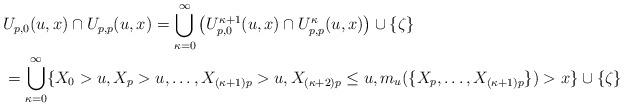
LaTeX: \begin{align*}&U_{p,0}(u,x)\cap U_{p,p}(u,x)=\bigcup_{\kappa=0}^{\infty}\left(U^{\kappa+1}_{p,0}(u,x)\cap U^\kappa_{p,p}(u,x)\right)\cup\{\zeta\}\\&=\bigcup_{\kappa=0}^{\infty}\{X_0>u, X_p>u, \ldots, X_{(\kappa+1)p}>u, X_{(\kappa+2)p}\leq u,m_{u}(\{X_p,\ldots,X_{(\kappa+1)p}\})>x\}\cup\{\zeta\}\end{align*}